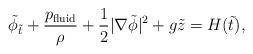
LaTeX: \begin{align*}\tilde\phi_{\tilde t} + \frac{p_\textrm{fluid}}{\rho} + \frac{1}{2}|\nabla\tilde\phi|^2 + g\tilde z = H(\tilde t), \end{align*}